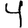
Digit: 4